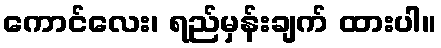
ကောင်လေး၊ ရည်မှန်းချက် ထားပါ။